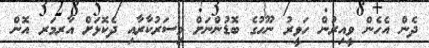
ދެން އެހެން ވީއިރުން ހަވީރު ނޫހުގެ ބޮޑުންނަށް މިސަރުކާރާއި ދެކޮޅަށް އާރމަރ އޮން